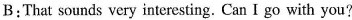
B:That sounds very interesting. Can I go with you?